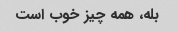
بله، همه چیز خوب است